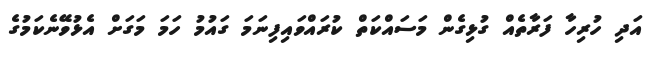
އަދި ހުރިހާ ފަރާތެއް ގުޅިގެން މަސައްކަތް ކުރައްވައިފިނަމަ ގައުމު ހަމަ މަގަށް އެޅުވޭނެކަމުގެ